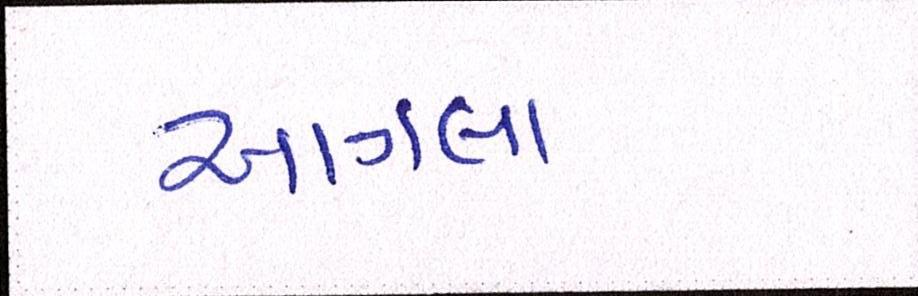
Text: આગલા